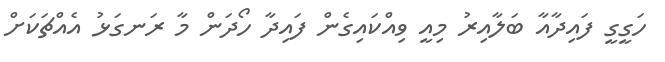
ހަގީގީ ފައިދާއާ ބަލާއިރު މިއީ ވިއްކައިގެން ފައިދާ ހޯދަން މާ ރަނގަޅު އެއްޗަކަށް